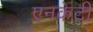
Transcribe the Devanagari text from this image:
एनकेटी